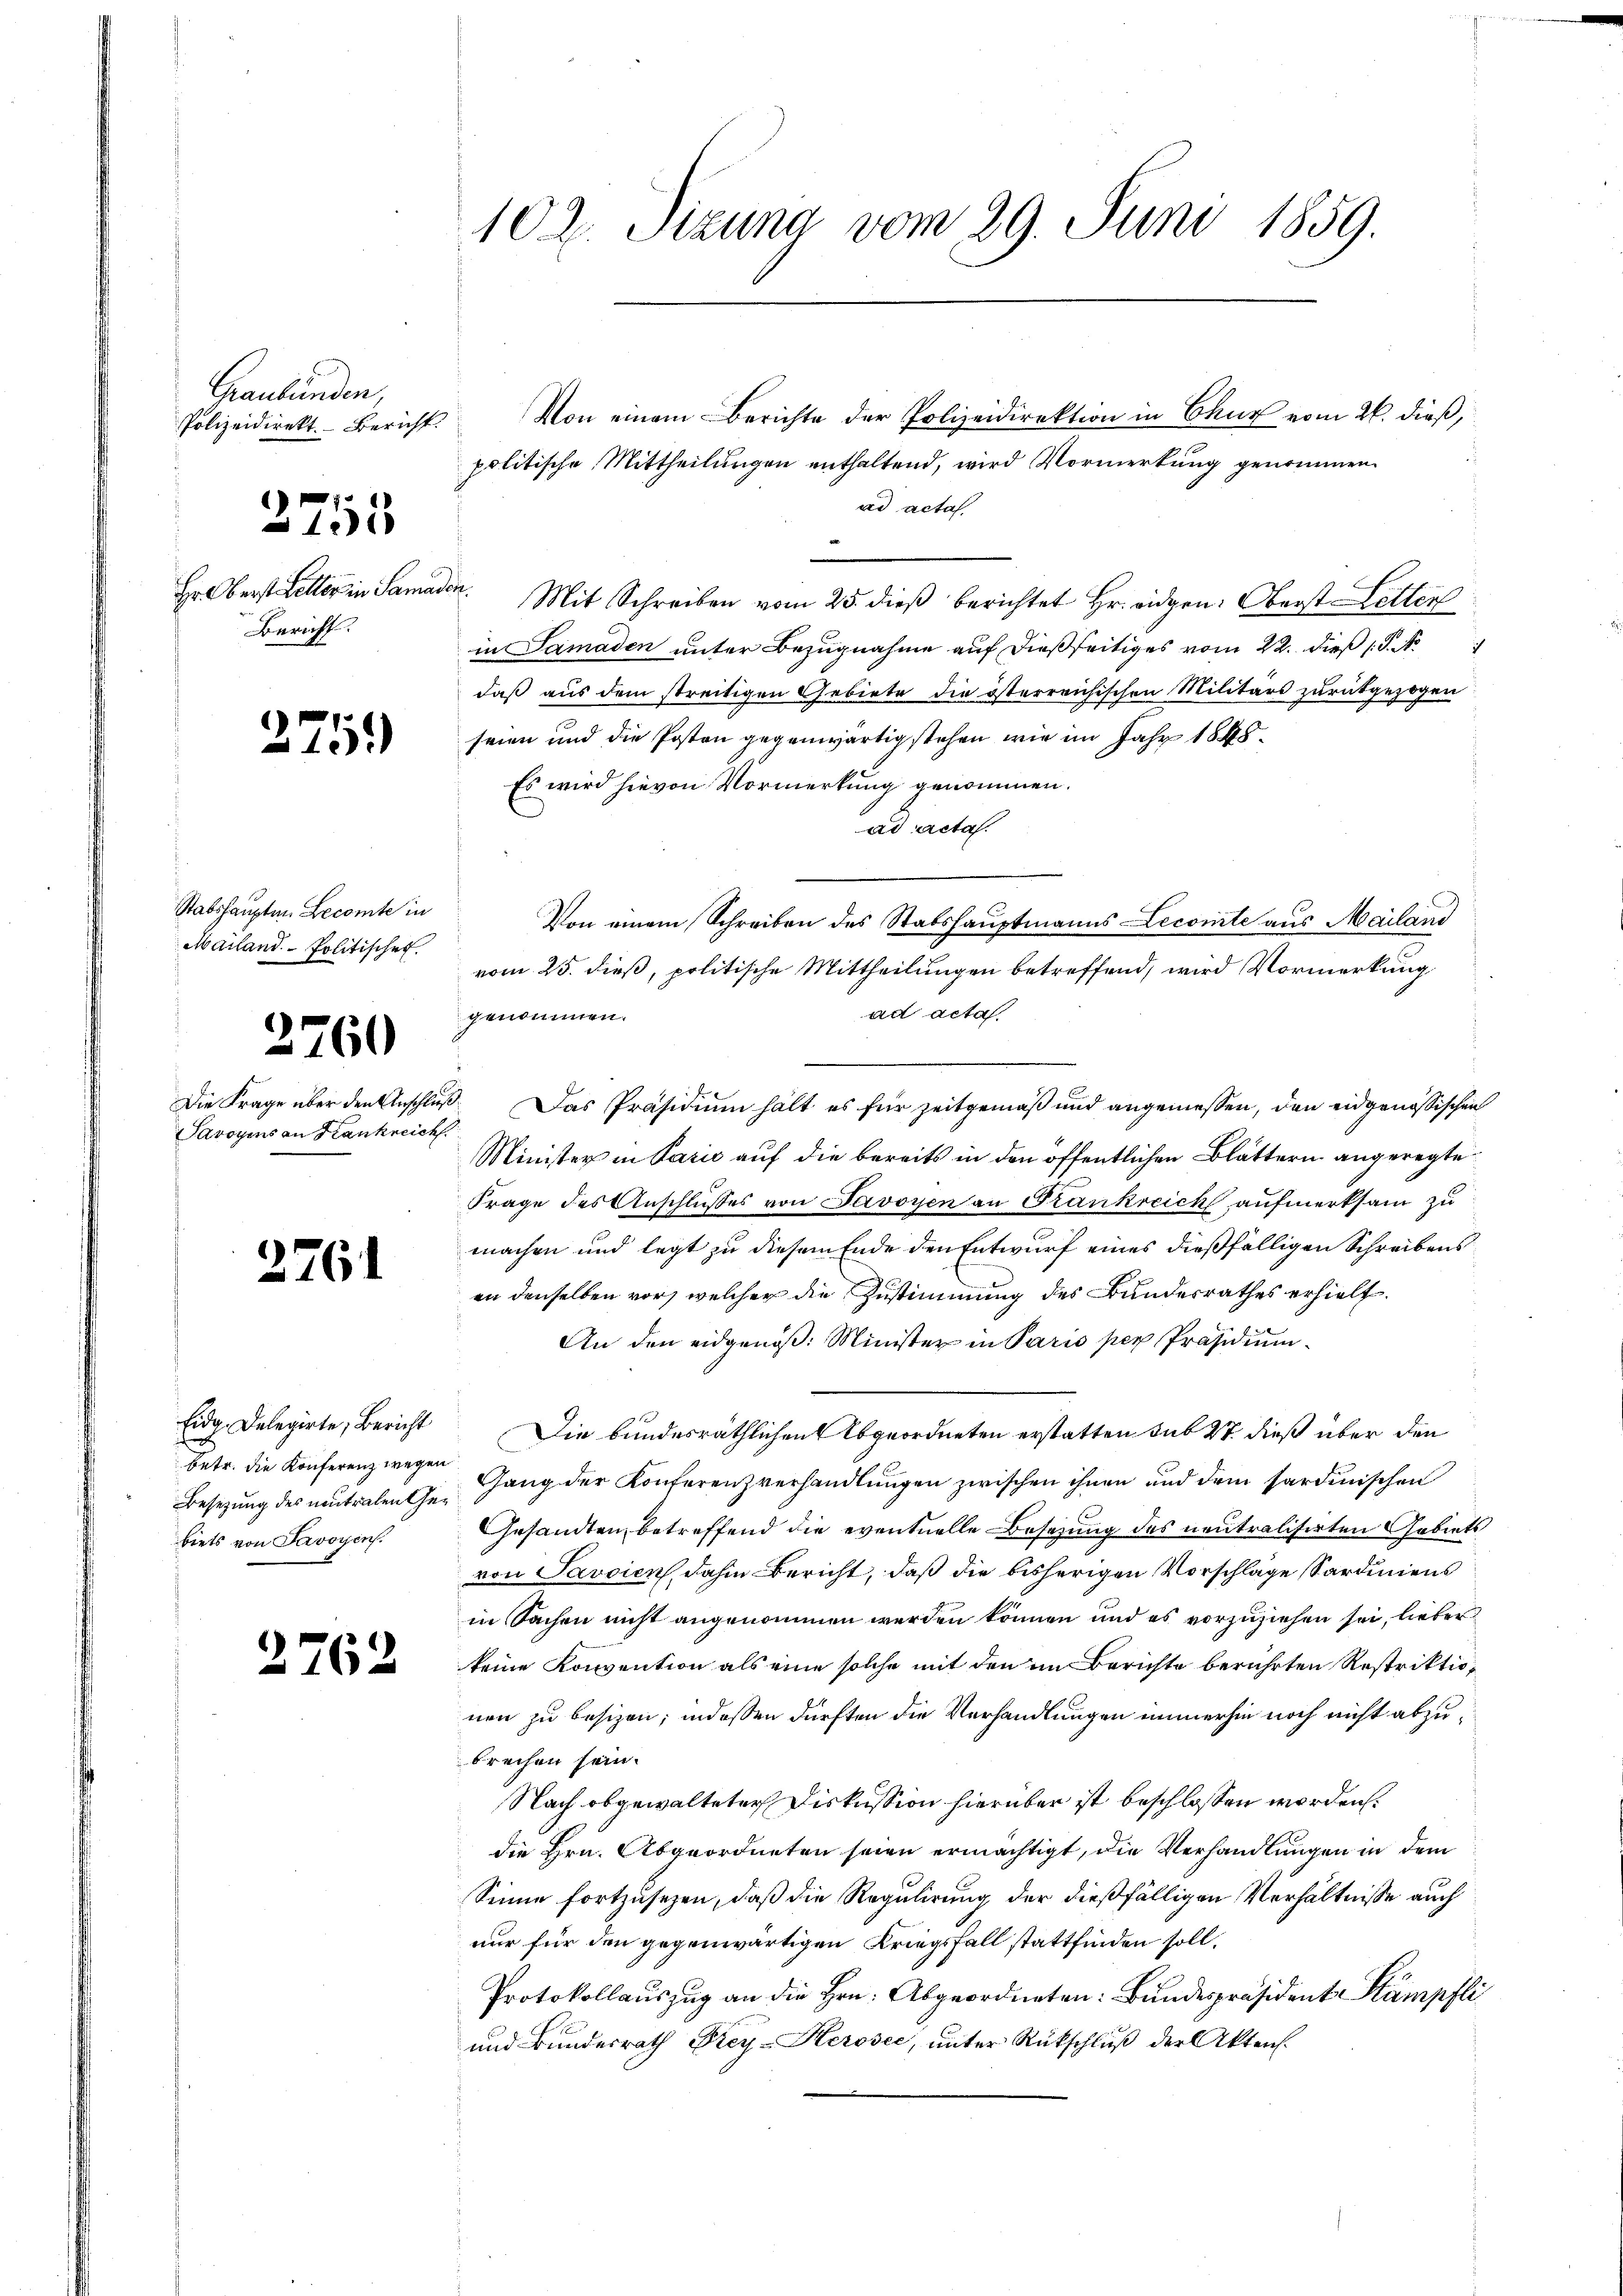
Graubünden,
Polizeidirekt. Bericht.

1
101

Hr. Oberst Heller in Samar¬
Bericht.

2751)

Stabshauptm. Lecomte in
Mailand-Politische

2760

Die Frage über den Anschluß
Savoyens an Krankreich

2761

Eidg. Delegirte, Bericht
betr. die Konferenz wegen
Besetzung des neutralen Gebiets von Savoyen.

2762

102. Sizung vom 29. Juni 1859.

Von einem Berichte der Polizeidirektion in Chur vom 26. dieß,
politische Mittheilungen enthaltend, wird Vormerkung genommen
ad acta.
 Mit Schreiben vom 25. dieβ berichtet Hr. eidgen: Oberst Letter
in Samaden unter Bezugnahme auf dießseitiges vom 22. dieß P. M.
daß aus dem streitigen Gebiete die österreichischen Militärs zŭrückgezogen
seien und die Posten gegenwärtig stehen, wie im Jahr 1848.
Es wird hievon Vormerkung genommen.
ad acta.
Von einem Schreiben des Stabshauptmanns Lecomite aus Mailand
vom 25. dieß, politische Mittheilungen betreffend, wird Vormerkung
ad acta
genommen.
Das Präsidium hält es für Zeitgemäß und angemessen, den eidgenössischen
Minister in Paris auf die bereits in den öffentlichen Blättern angeregte
Frage des Anschlusses von Savoyen an Frankreich aufmerksam zu
machen und legt zu diesem Ende den Entwurf eines dießfälligen Schreibens
an denselben vor, welcher die Zustimmung des Bundesrathes erhielt.
An den eidgenöß: Minister in Paris per Präsidium
Die bundesräthlichen Abgeordneten erstatten sub 27 dieß über den
Gang der Konferenzverhandlungen zwischen ihnen und dem sardinischen
Gesandten betreffend die eventuelle Besetzung des neutralisirten Gebiets
von Savoien, dahin Bericht, daß die bisherigen Vorschlage Sardiniens
in Sachen nicht angenommen werden können und es vorzuziehen sei, lieber
keine Konvention als eine solche mit den im Berichte berührten Restriktion
nen zu besizen; indessen dürften die Verhandlungen immerhin noch nicht abzubrechen sein.
Nach obgewalteter Diskussion hierüber ist beschlossen worden.
die Hrn. Abgeordneten seien ermächtigt, die Verhandlungen in dem
Sinne fortzusehen, daß die Regulirung der dießfälligen Verhältnisse auch
nur für den gegenwärtigen Kriegsfall stattfinden soll.
Protokollauszug an die Hrn. Abgeordneten: Bundespräsident Stämpfli
und Bundesrath Frey-Kerosec, ŭnter Rückschlŭβ der Aktens.